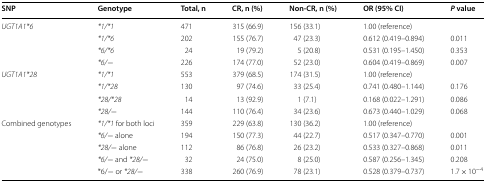
| SNP | Genotype | Total, n | CR, n (%) | Non-CR, n (%) | OR (95% CI) | P value |
 | --- | --- | --- | --- | --- | --- | --- |
 | <ROWSPAN=4> UGT1A1*6 | *1/*1 | 471 | 315 (66.9) | 156 (33.1) | 1.00 (reference) |  |
 | *1/*6 | 202 | 155 (76.7) | 47 (23.3) | 0.612 (0.419–0.894) | 0.011 |
 | *6/*6 | 24 | 19 (79.2) | 5 (20.8) | 0.531 (0.195–1.450) | 0.353 |
 | *6/− | 226 | 174 (77.0) | 52 (23.0) | 0.604 (0.419–0.869) | 0.007 |
 | <ROWSPAN=4> UGT1A1*28 | *1/*1 | 553 | 379 (68.5) | 174 (31.5) | 1.00 (reference) |  |
 | *1/*28 | 130 | 97 (74.6) | 33 (25.4) | 0.741 (0.480–1.144) | 0.176 |
 | *28/*28 | 14 | 13 (92.9) | 1 (7.1) | 0.168 (0.022–1.291) | 0.086 |
 | *28/− | 144 | 110 (76.4) | 34 (23.6) | 0.673 (0.440–1.029) | 0.068 |
 | <ROWSPAN=5> Combined genotypes | *1/*1 for both loci | 359 | 229 (63.8) | 130 (36.2) | 1.00 (reference) |  |
 | *6/− alone | 194 | 150 (77.3) | 44 (22.7) | 0.517 (0.347–0.770) | 0.001 |
 | *28/− alone | 112 | 86 (76.8) | 26 (23.2) | 0.533 (0.327–0.868) | 0.011 |
 | *6/− and *28/− | 32 | 24 (75.0) | 8 (25.0) | 0.587 (0.256–1.345) | 0.208 |
 | *6/− or *28/− | 338 | 260 (76.9) | 78 (23.1) | 0.528 (0.379–0.737) | 1.7 × 10−4 |